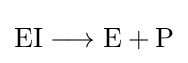
{\mathrm {EI} {}\mathrel {\longrightarrow } {}\mathrm {E} {}+{}\mathrm {P} }